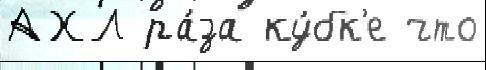
АХЛ ра́за ку́бк'е что